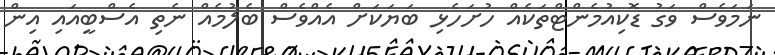
ނަމަވެސް ވަގު ޑޮކިއުމެންޓްތަކެއް ހުށަހެޅި ބަޔަކަށް އެއްވެސް ބެލުމެއް ނެތި އެސްބީއައި އިން